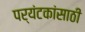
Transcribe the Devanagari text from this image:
पर्यंटकांसाठी